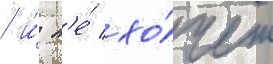
/ и́ н'е́ хо́чет